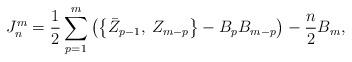
LaTeX: \begin{align*} J_n^m=\frac 12\sum_{p=1}^m\left( \left\{\bar Z_{p-1},\:Z_{m-p}\right\}-B_pB_{m-p}\right) -\frac n2B_m,\end{align*}